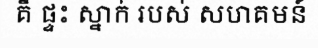
គឺ ផ្ទះ ស្នាក់ របស់ សហគមន៍